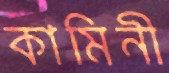
কামিনী